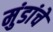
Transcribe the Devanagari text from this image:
मुंडांचे